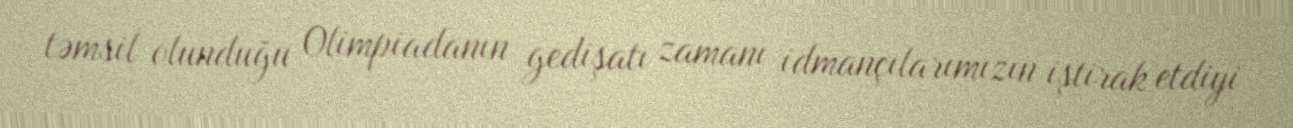
təmsil olunduğu Olimpiadanın gedişatı zamanı idmançılarımızın iştirak etdiyi